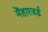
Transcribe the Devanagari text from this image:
मेंहारवर्ड